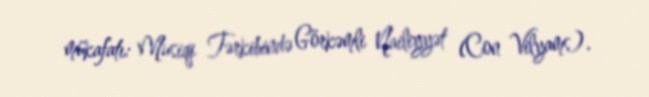
mükafatı: Musiqi Tərkibində Görkəmli Nailiyyət (Con Vilyams).